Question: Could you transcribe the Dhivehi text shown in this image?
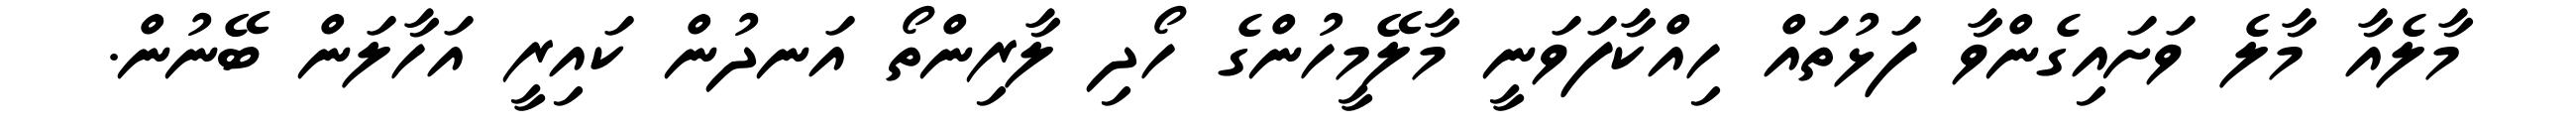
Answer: މާލެއާ މާލެ ވަށައިގެންވާ ފަޅުތައް ހިއްކާފަވަނީ މާލޭމީހުންގެ ހޯދި ލާރިންތޯ އަނދުން ކައިރީ އަހާލަން ބޭނުން.